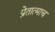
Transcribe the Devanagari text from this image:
प्रेतात्माच